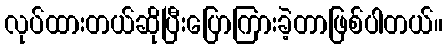
လုပ်ထားတယ်ဆိုပြီးပြောကြားခဲ့တာဖြစ်ပါတယ်။